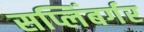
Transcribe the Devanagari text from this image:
सप्लिंबर्गर